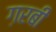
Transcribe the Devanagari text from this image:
ग़रबी